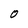
Character: O